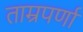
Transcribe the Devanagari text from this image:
ताम्रपर्णा